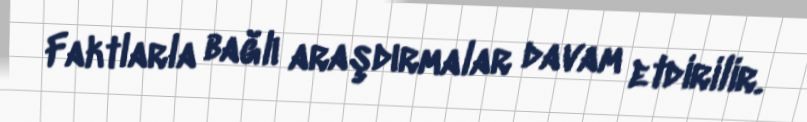
Faktlarla bağlı araşdırmalar davam etdirilir.